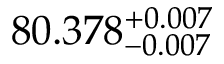
8 0 . 3 7 8 _ { - 0 . 0 0 7 } ^ { + 0 . 0 0 7 }